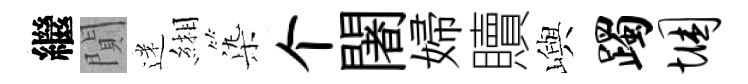
繼閴迷緗𣑱个闍婦贖嶼躅悃